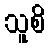
သူစိ